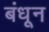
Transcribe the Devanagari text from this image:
बंधून